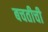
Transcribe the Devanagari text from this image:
बचतीची